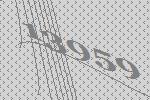
13959